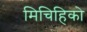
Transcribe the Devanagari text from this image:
मिचिहिको